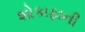
શોકાફાની